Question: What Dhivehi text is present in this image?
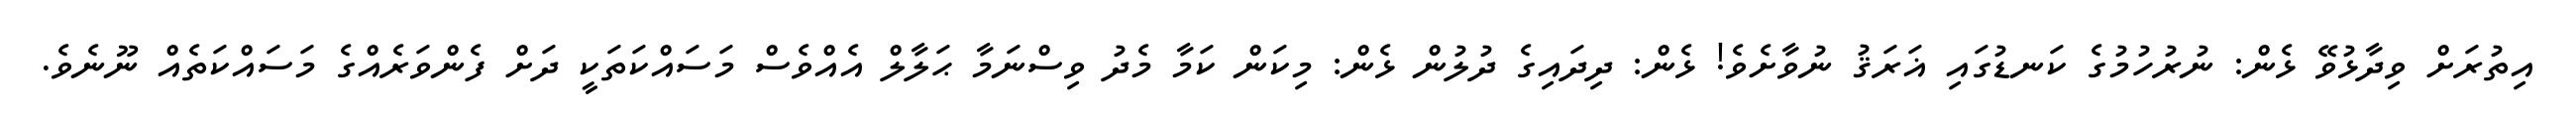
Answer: އިތުރަށް ވިދާޅުވޭ ޅެން: ނުރުހުމުގެ ކަނޑުގައި ޣަރަޤު ނުވާށެވެ! ޅެން: ދިދައިގެ ދުލުން ޅެން: މިކަން ކަމާ މެދު ވިސްނަމާ ޙަލާލް އެއްވެސް މަސައްކަތަކީ ދަށް ފެންވަރެއްގެ މަސައްކަތެއް ނޫނެވެ.